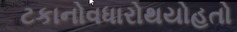
ટકાનોવધારોથયોહતો